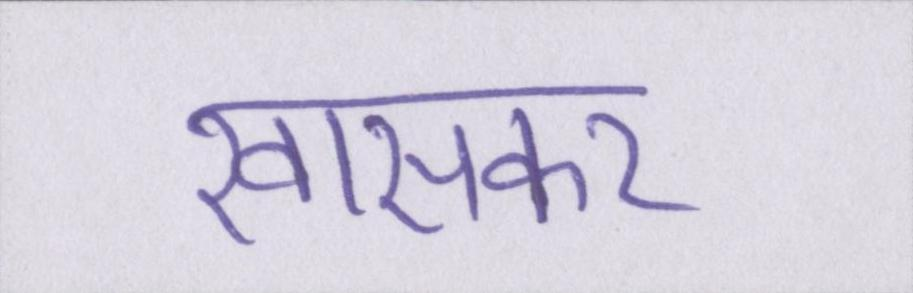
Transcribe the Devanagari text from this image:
खासकर